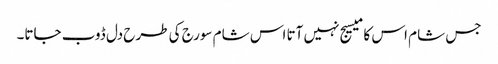
جس شام اس کا میسیج نہیں آتا اس شام سورج کی طرح دل ڈوب جاتا۔